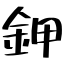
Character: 鉀